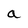
Character: a